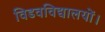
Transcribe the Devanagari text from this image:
विडवविद्यालयों।